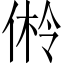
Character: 𪝎